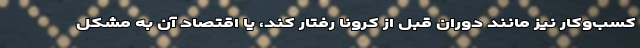
کسب‌وکار نیز مانند دوران قبل از کرونا رفتار کند، یا اقتصاد آن به مشکل